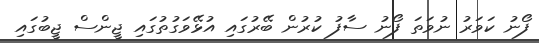
ފޯނު ކަވަރު ނުވަތަ ފޯނު ސާފު ކުރުން ބޭރުގައި އުޅޭވަގުތުގައި ޖީންސް ޖީބުގައި